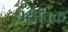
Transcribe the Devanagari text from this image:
सथांनक